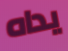
يداه